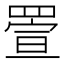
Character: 𦋠